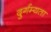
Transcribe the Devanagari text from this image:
दुर्गम्यता